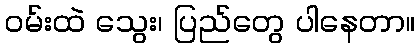
ဝမ်းထဲ သွေး၊ ပြည်တွေ ပါနေတာ။